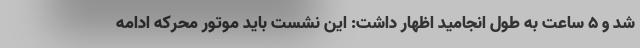
شد و ۵ ساعت به طول انجامید اظهار داشت: این نشست باید موتور محرکه ادامه